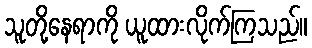
သူတို့နေရာကို ယူထားလိုက်ကြသည်။